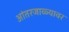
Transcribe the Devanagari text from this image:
आंतरजाळ्यावर